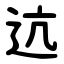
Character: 迒